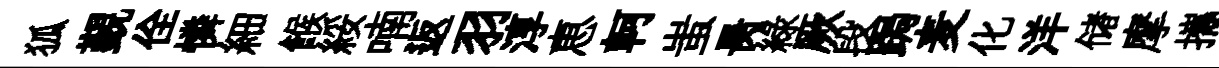
狐覲佺憐細餱綏喃返羽淳恵軻蚩昺綠厥段跼麦化洋储摩攜